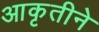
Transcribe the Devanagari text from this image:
आकृतीने